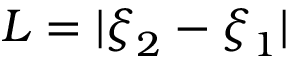
L = | \boldsymbol { \xi } _ { 2 } - \boldsymbol { \xi } _ { 1 } |